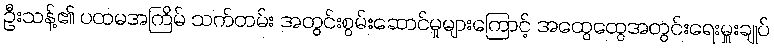
ဦးသန့်၏ ပထမအကြိမ် သက်တမ်း အတွင်းစွမ်းဆောင်မှုများကြောင့် အထွေထွေအတွင်းရေးမှူးချုပ်